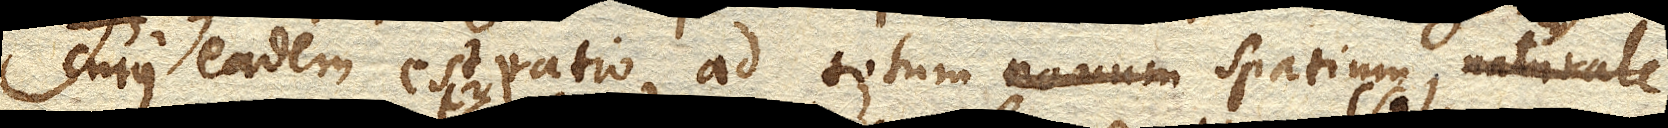
cujus eadem est ratio ad totum novum spatium